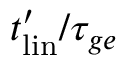
t _ { \mathrm { { l i n } } } ^ { \prime } / \tau _ { g e }